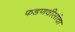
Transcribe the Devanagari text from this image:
फडणवीसांचा